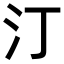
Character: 汀